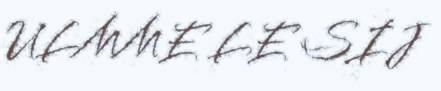
ULMME LE SIJ